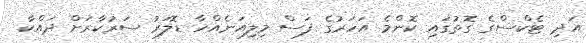
އަދި ޓެކްސްގެ ގޮތުގައި ކޮންމެ އަހަރުގެ ފަސް މިލިއަނެއްހާ ޑޮލަރު ސަރުކާރަށް ދައްކާ